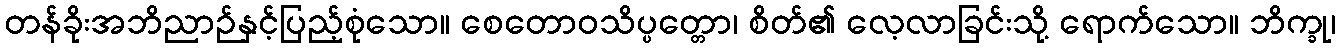
တန်ခိုးအဘိညာဉ်နှင့်ပြည့်စုံသော။ စေတောဝသိပ္ပတ္တော၊ စိတ်၏ လေ့လာခြင်းသို့ ရောက်သော။ ဘိက္ခု၊